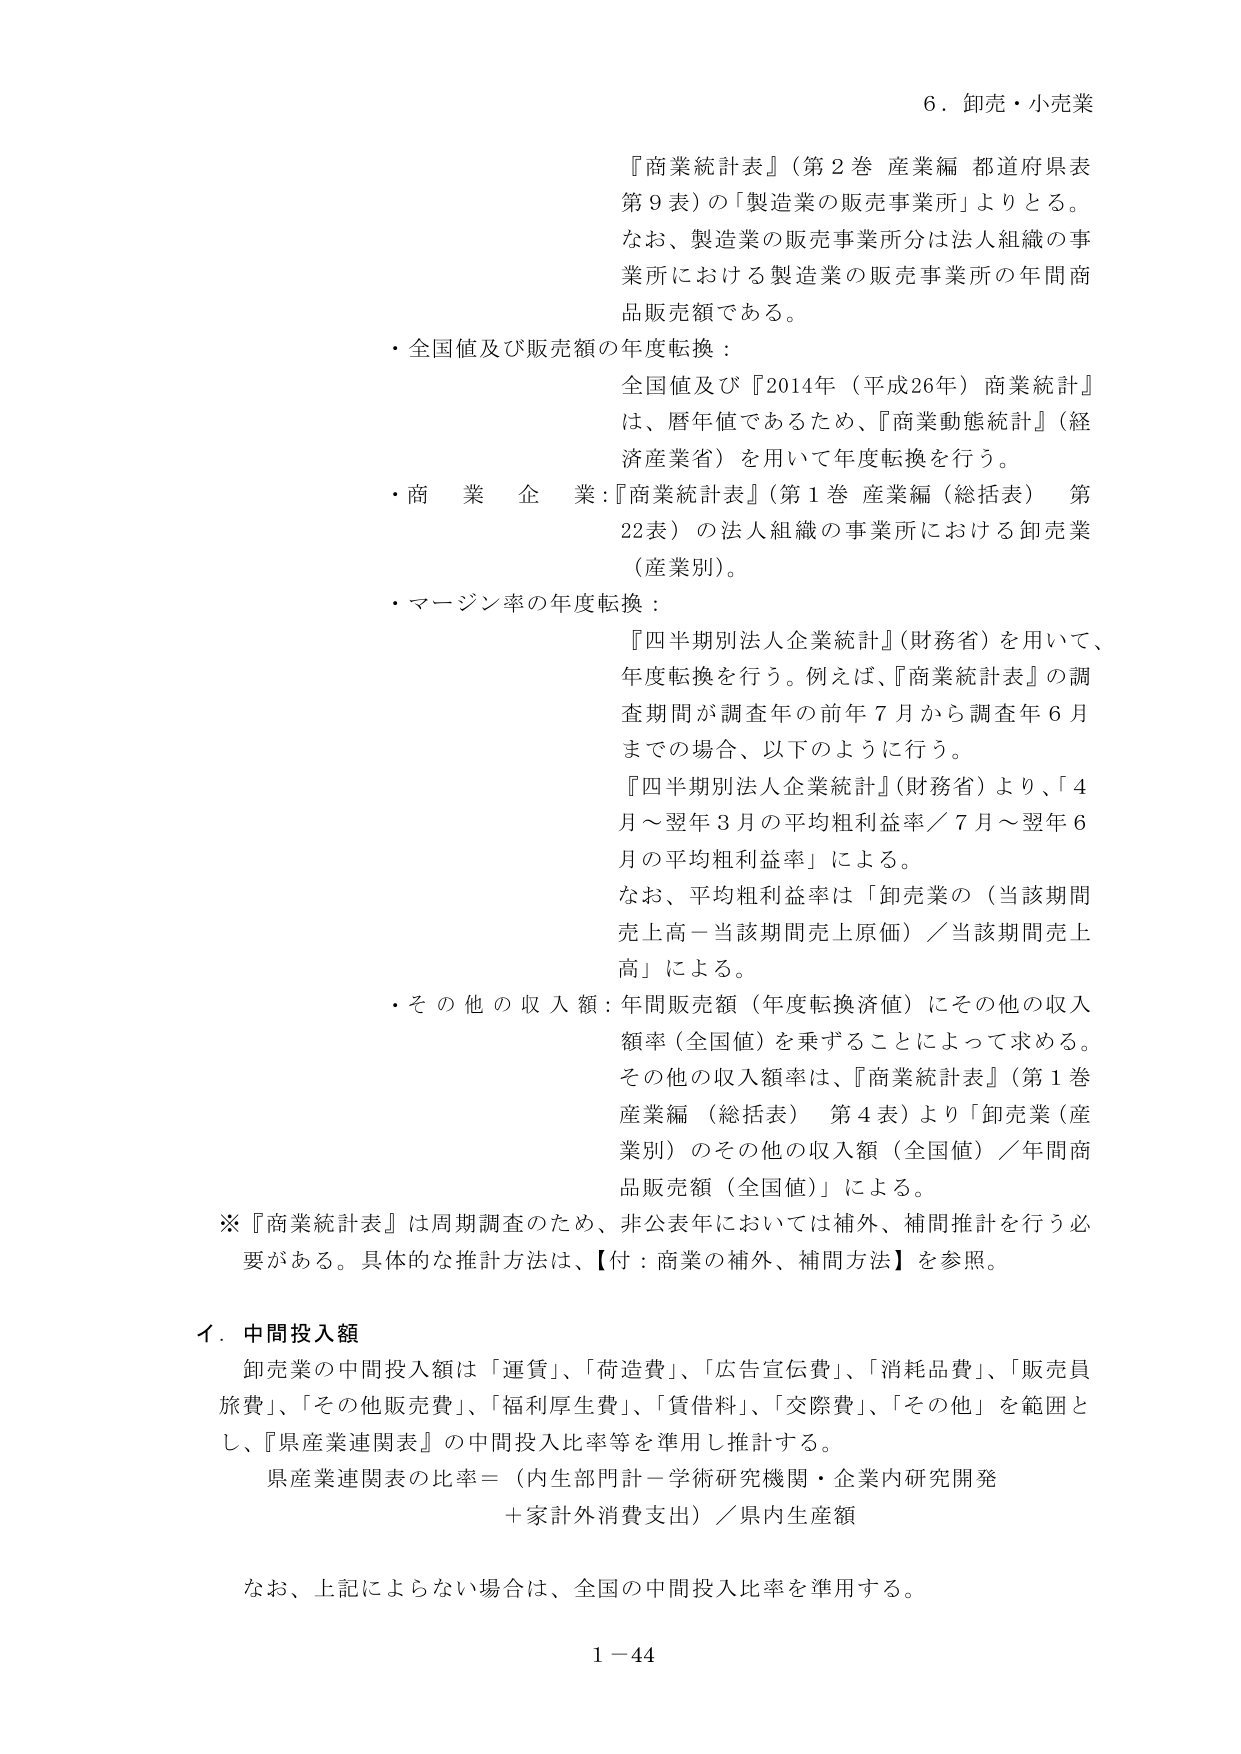
6．卸売・小売業

『商業統計表』（第2巻 産業編 都道府県表 第9表）の「製造業の販売事業所」よりとる。
なお、製造業の販売事業所分は法人組織の事業所における製造業の販売事業所の年間商品販売額である。

・全国値及び販売額の年度転換：
全国値及び『2014年（平成26年）商業統計』は、暦年値であるため、『商業動態統計』（経済産業省）を用いて年度転換を行う。

・商業企業：『商業統計表』（第1巻 産業編（総括表） 第22表）の法人組織の事業所における卸売業（産業別）。

・マージン率の年度転換：
『四半期別法人企業統計』（財務省）を用いて、年度転換を行う。例えば、『商業統計表』の調査期間が調査年の前年7月から調査年6月までの場合、以下のように行う。
『四半期別法人企業統計』（財務省）より、「4月～翌年3月の平均粗利益率／7月～翌年6月の平均粗利益率」による。
なお、平均粗利益率は「卸売業の（当該期間売上高－当該期間売上原価）／当該期間売上高」による。

・その他の収入額：年間販売額（年度転換済値）にその他の収入額率（全国値）を乗ずることによって求める。
その他の収入額率は、『商業統計表』（第1巻 産業編（総括表） 第4表）より「卸売業（産業別）のその他の収入額（全国値）／年間商品販売額（全国値）」による。

※『商業統計表』は周期調査のため、非公表年においては補外、補間推計を行う必要がある。具体的な推計方法は、【付：商業の補外、補間方法】を参照。

イ．中間投入額
卸売業の中間投入額は「運賃」、「荷造費」、「広告宣伝費」、「消耗品費」、「販売員旅費」、「その他販売費」、「福利厚生費」、「賃借料」、「交際費」、「その他」を範囲とし、『県産業連関表』の中間投入比率等を準用し推計する。
県産業連関表の比率＝（内生部門計－学術研究機関・企業内研究開発＋家計外消費支出）／県内生産額

なお、上記によらない場合は、全国の中間投入比率を準用する。

1－44